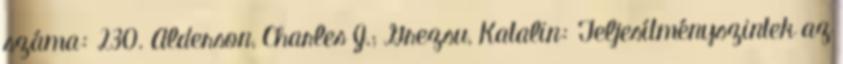
száma: 230. Alderson, Charles J.; Grezsu, Katalin: Teljesítményszintek az